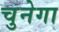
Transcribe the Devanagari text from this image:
चुनेगा